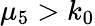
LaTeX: \mu_{5}>k_{0}